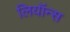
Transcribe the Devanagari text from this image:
लियॉन्स